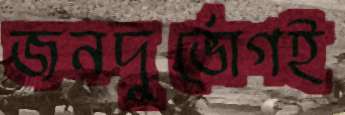
জনদুর্ভোগই